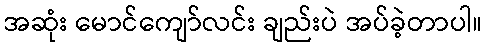
အဆုံး မောင်ကျော်လင်း ချည်းပဲ အပ်ခဲ့တာပါ။